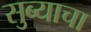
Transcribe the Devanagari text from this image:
सुब्याचा